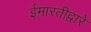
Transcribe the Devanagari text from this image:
ईमारतीद्वारे